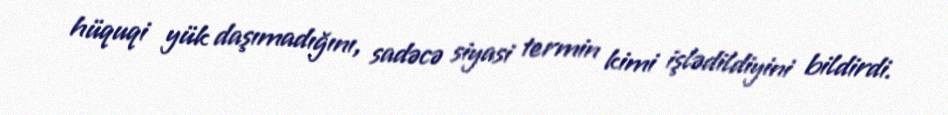
hüquqi yük daşımadığını, sadəcə siyasi termin kimi işlədildiyini bildirdi.